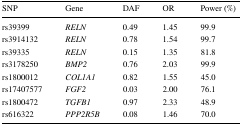
<table><thead><tr><td><b>SNP</b></td><td><b>Gene</b></td><td><b>DAF</b></td><td><b>OR</b></td><td><b>Power (%)</b></td></tr></thead><tbody><tr><td>rs39399</td><td><i>RELN</i></td><td>0.49</td><td>1.45</td><td>99.9</td></tr><tr><td>rs3914132</td><td><i>RELN</i></td><td>0.78</td><td>1.54</td><td>99.7</td></tr><tr><td>rs39335</td><td><i>RELN</i></td><td>0.15</td><td>1.35</td><td>81.8</td></tr><tr><td>rs3178250</td><td><i>BMP2</i></td><td>0.76</td><td>2.03</td><td>99.9</td></tr><tr><td>rs1800012</td><td><i>COL1A1</i></td><td>0.82</td><td>1.55</td><td>45.0</td></tr><tr><td>rs17407577</td><td><i>FGF2</i></td><td>0.03</td><td>2.00</td><td>76.1</td></tr><tr><td>rs1800472</td><td><i>TGFB1</i></td><td>0.97</td><td>2.33</td><td>48.9</td></tr><tr><td>rs616322</td><td><i>PPP2R5B</i></td><td>0.08</td><td>1.46</td><td>70.0</td></tr></tbody></table>